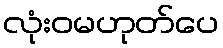
လုံးဝမဟုတ်ပေ